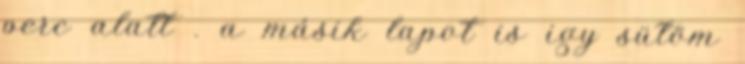
perc alatt . a másik lapot is igy sütöm